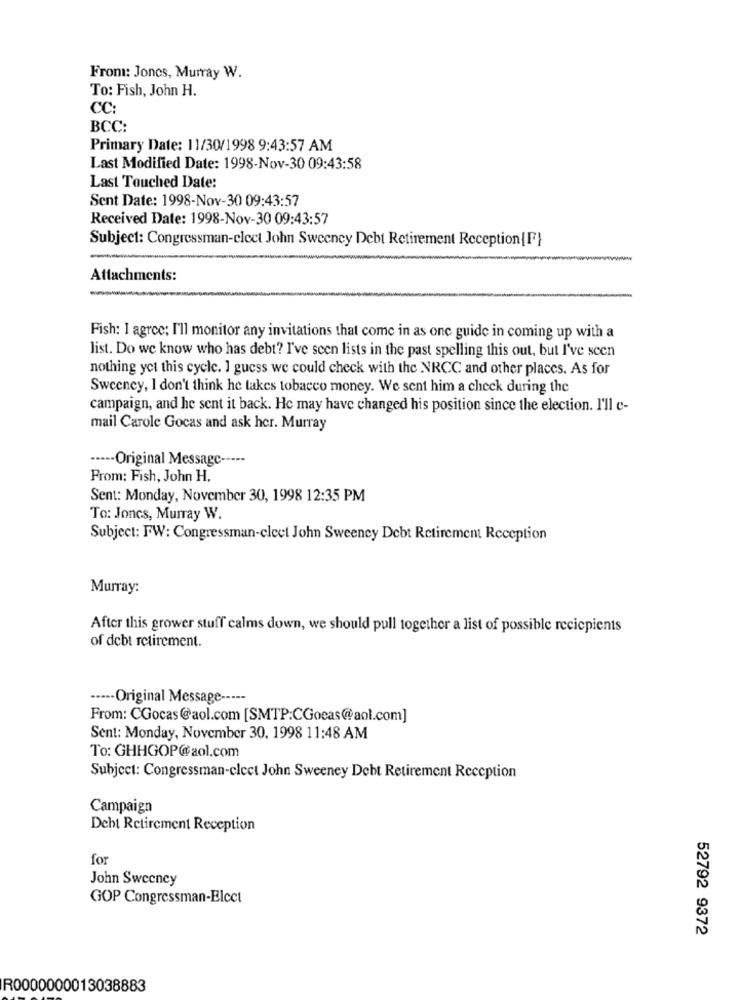
From: Jones, Murray W.
To: Fish, John H.
CC:
BCC:
Primary Date: 11/30/1998 9:43:57 AM
Last Modified Date: 1998-Nov-30 09:43:58
Last Touched Date:
Sent Date: 1998-Nov-30 09:43:57
Received Date: 1998-Nov-30 09:43:57
Subject: Congressman-elect John Sweeney Debt Retirement Reception{F}
Attachments:
Fish: I agree; I'll monitor any invitations that come in as one guide in coming up with a
list. Do we know who has debt? I've seen lists in the past spelling this out, but I've seen
nothing yet this cycle. I guess we could check with the NRCC and other places. As for
Sweeney, I don't think he takes tobacco money. We sent him a check during the
campaign, and he sent it back. He may have changed his position since the election. I'll c-
mail Carole Gocas and ask her. Murray
····- Original Message -----
From: Fish, John H.
Sent: Monday, November 30, 1998 12:35 PM
To: Jones, Murray W.
Subject: FW: Congressman-cleet John Sweeney Debt Retirement Reception
Murray:
After this grower stuff calms down, we should pull together a list of possible recicpients
of debt retirement.
····· Original Message -----
From: CGocas@aol.com [SMTP:CGocas@aol.com]
Sent: Monday, November 30, 1998 11:48 AM
To: GHHGOP@aol.com
Subject: Congressman-elect John Sweeney Debt Retirement Reception
Campaign
Debt Retirement Reception
for
John Sweeney
GOP Congressman-Elect
52792 9372
R0000000013038883